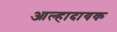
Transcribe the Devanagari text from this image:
आल्हादायक